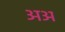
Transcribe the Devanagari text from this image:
अअ